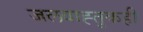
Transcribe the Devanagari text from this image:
जलवाह्तुकही